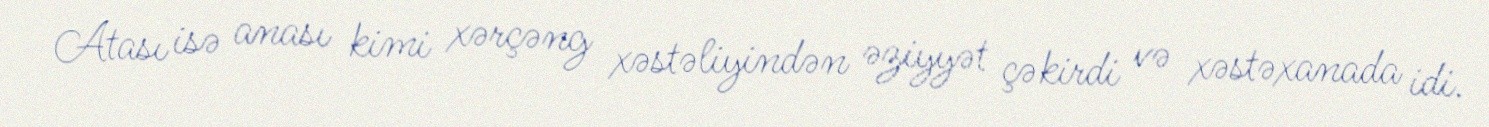
Atası isə anası kimi xərçəng xəstəliyindən əziyyət çəkirdi və xəstəxanada idi.